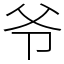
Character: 爷